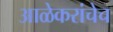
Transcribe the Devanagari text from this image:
आळेकरांचेच